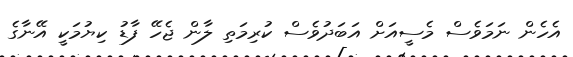
އެހެން ނަމަވެސް މެސީއަށް އަބަދުވެސް ކުރިމަތި ލާން ޖެހޭ ފާޑު ކިޔުމަކީ އޭނާގެ